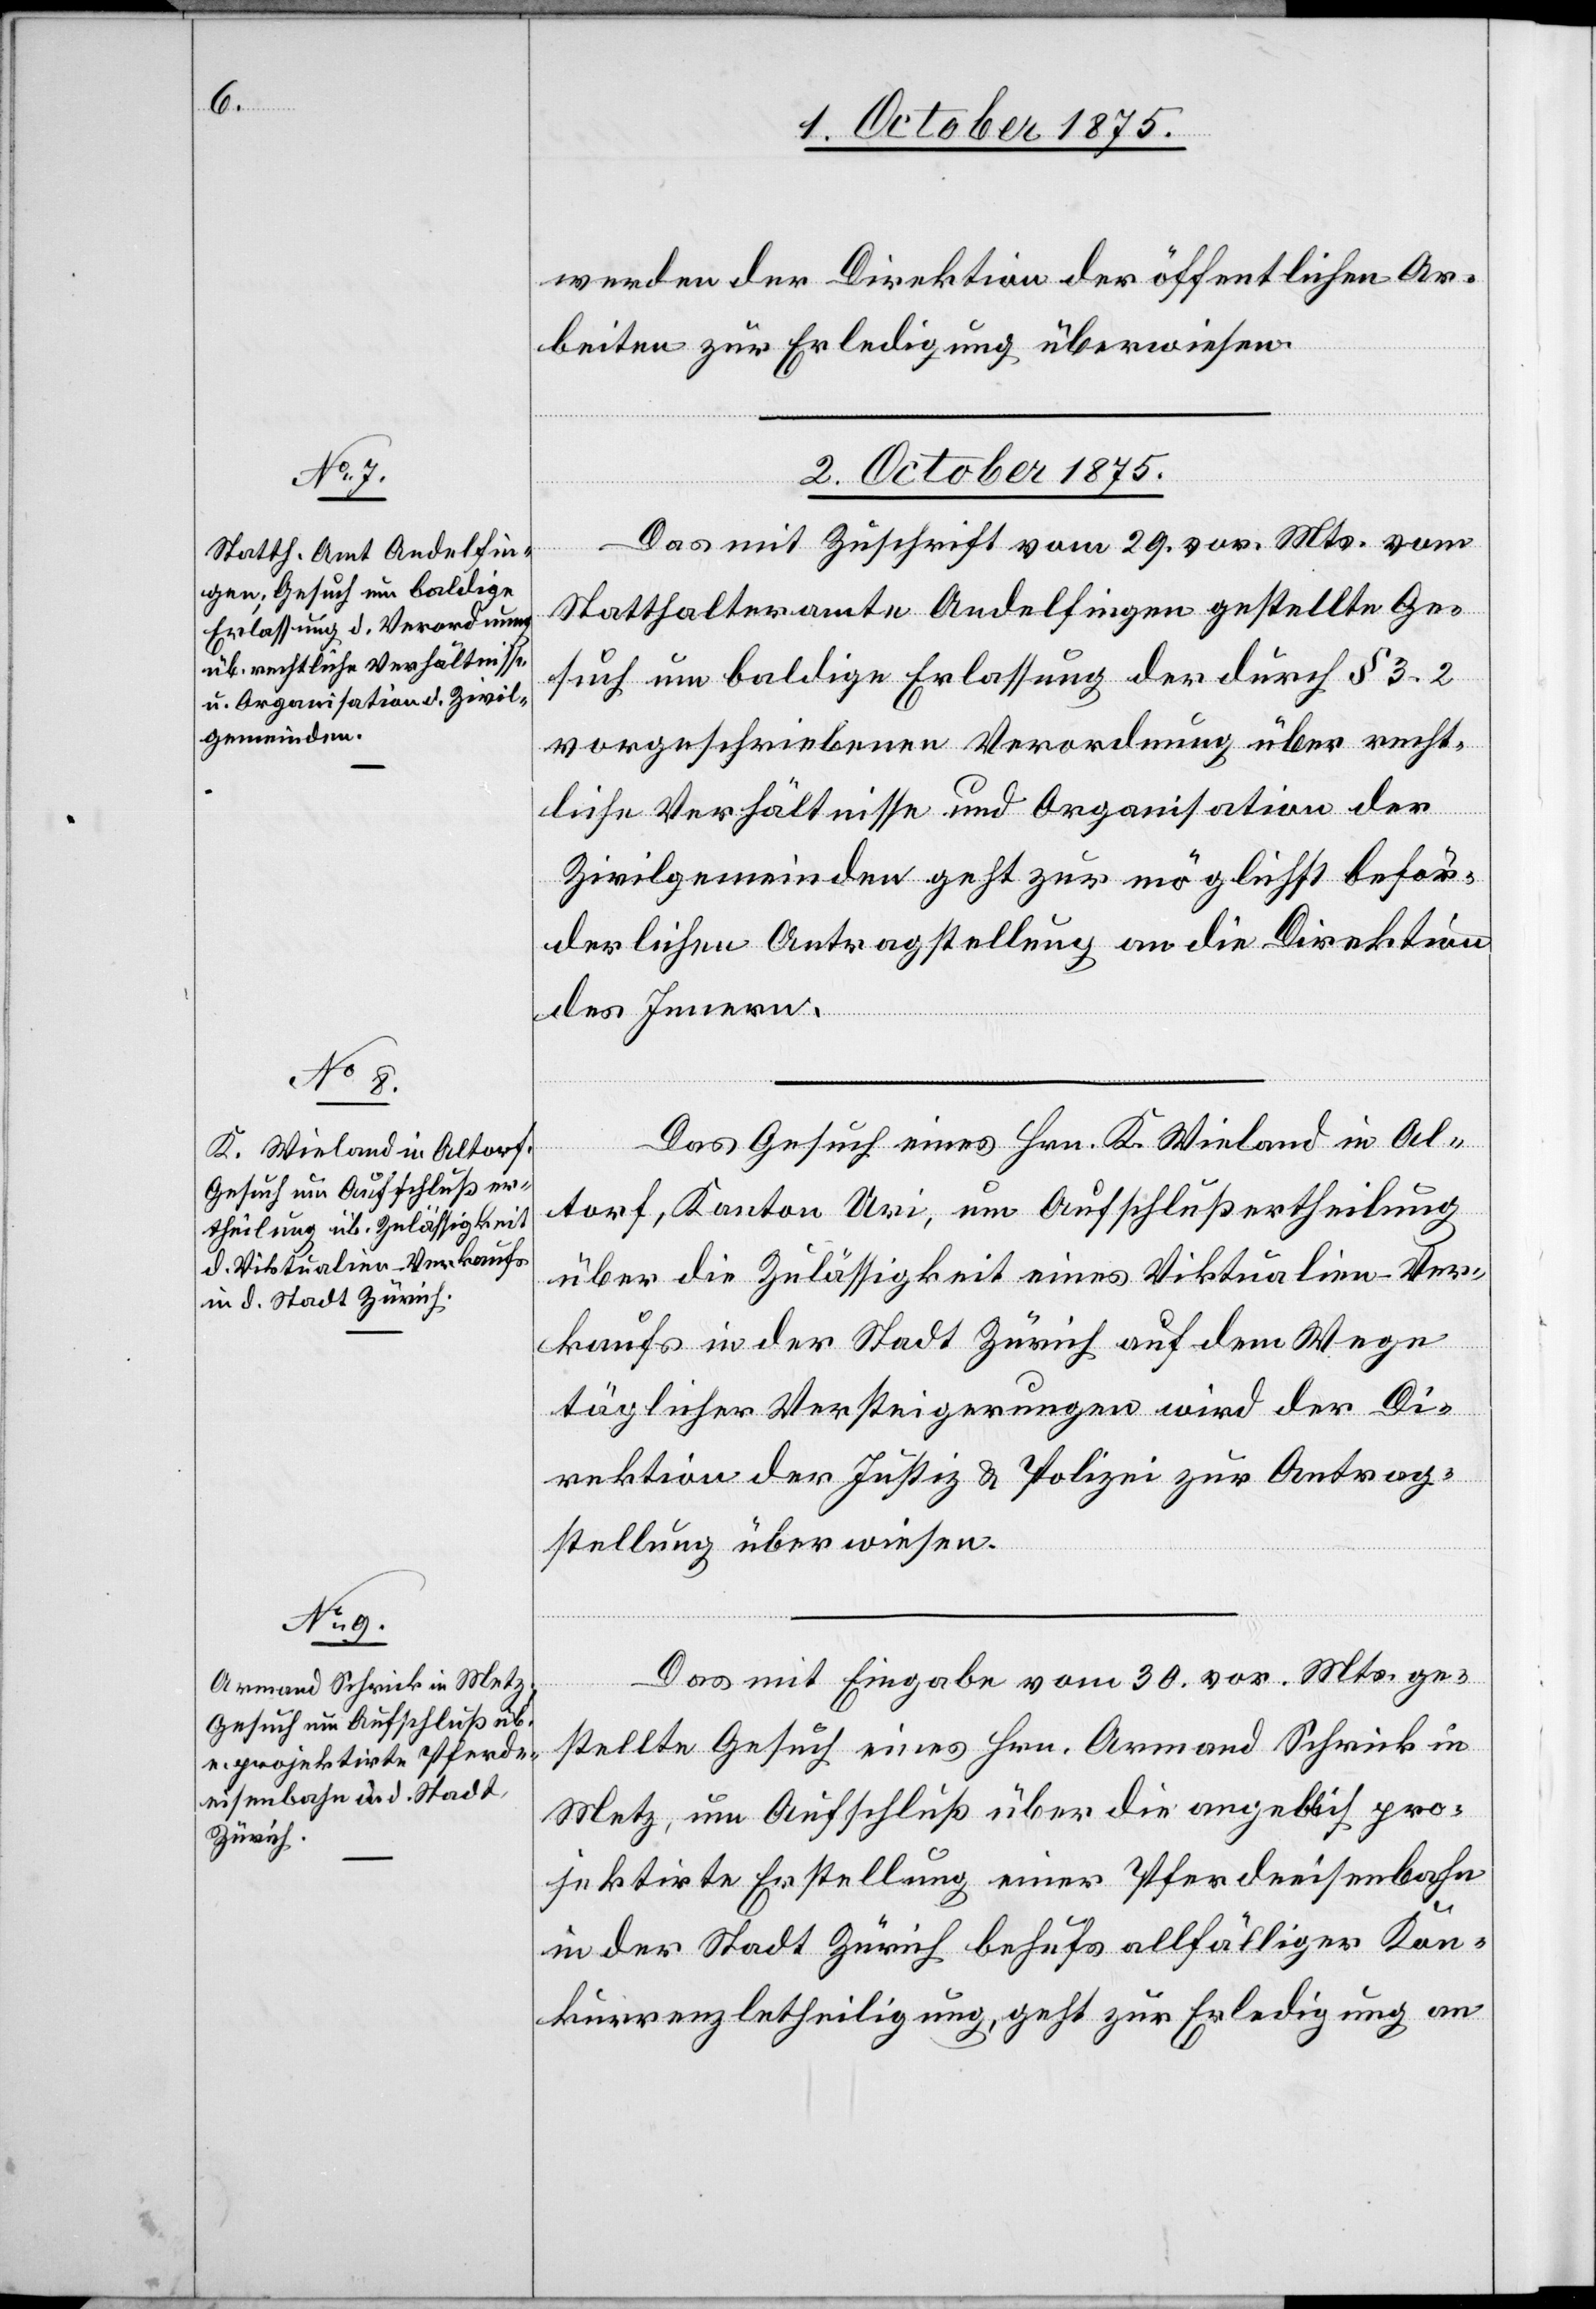
werden der Direktion der öffentlichen Ar¬
beiten zur Erledigung überwiesen.
2. October 1875.]
Das mit Zuschrift vom 29. vor. Mts. vom
Statthalteramte Andelfingen gestellte Ge¬
such um baldige Erlassung der durch § 3–2
vorgeschriebenen Verordnung über recht¬
liche Verhältnisse und Organisation der
Zivilgemeinden geht zur möglichst beför¬
derlichen Antragstellung an die Direktion
des Innern.
Das Gesuch eines Hrn. K. Wieland in Al¬
torf, Kanton Uri, um Aufschlußertheilung
über die Zulässigkeit eines Viktualien-Ver¬
kaufs in der Stadt Zürich auf dem Wege
täglicher Versteigerungen wird der Di¬
rektion der Justiz & Polizei zur Antrag¬
stellung überwiesen.
Das mit Eingabe vom 30. vor. Mts ge¬
stellte Gesuch eines Hrn. Armand Schrick in
Metz, um Aufschluß über die angeblich pro¬
jektirte Erstellung einer Pferdeeisenbahn
in der Stadt Zürich behufs allfälliger Kon¬
kurrenzbetheiligung, geht zur Erledigung an